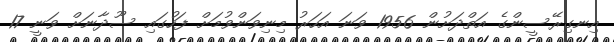
އިނގިރޭސީންގެ އަތްދަށުން 1956 ވަނަ އަހަރު މިނިވަންވުމަށް ފަހުގައި ސޫދާނަށް ވަނީ 17